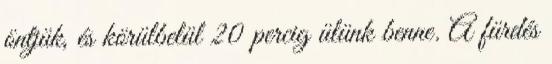
öntjük, és körülbelül 20 percig ülünk benne. A fürdés